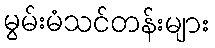
မွမ်းမံသင်တန်းများ